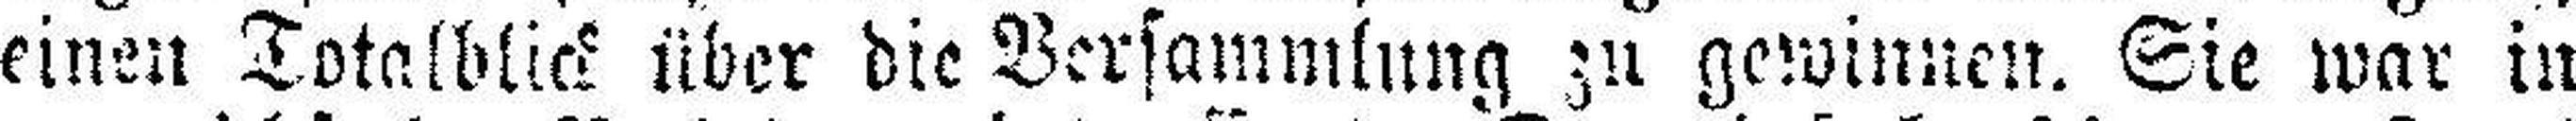
einen Totalblick über die Versammlung zu gewinnen. Sie war in